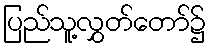
ပြည်သူ့လွှတ်တော်၌